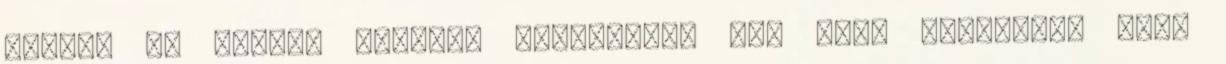
Safety és front7 esetén. Legalábbis nem lesz rosszabb, mint